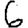
Digit: 6